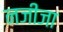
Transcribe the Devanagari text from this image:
नजीजा